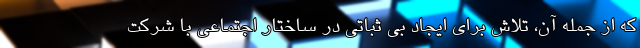
که از جمله آن، تلاش برای ایجاد بی ثباتی در ساختار اجتماعی با شرکت